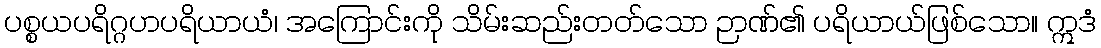
ပစ္စယပရိဂ္ဂဟပရိယာယံ၊ အကြောင်းကို သိမ်းဆည်းတတ်သော ဉာဏ်၏ ပရိယာယ်ဖြစ်သော။ ဣဒံ